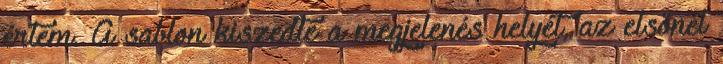
értem. A sablon kiszedte a megjelenés helyét, az elsőnél